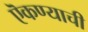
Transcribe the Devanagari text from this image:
ऎकण्याची